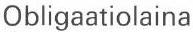
Obligaatiolaina